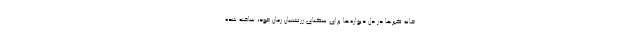
خانه گبرها در دل دیواره‌ها برای سکنای زرتشتیان زمان خود، ساخته شده